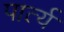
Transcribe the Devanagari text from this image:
पार्त्य